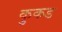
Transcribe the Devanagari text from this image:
कुकड